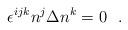
LaTeX: \begin{align*}\epsilon^{ijk} n^j \Delta n^k =0\ \ .\end{align*}